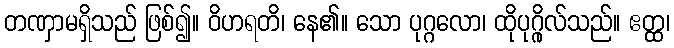
တဏှာမရှိသည် ဖြစ်၍။ ဝိဟရတိ၊ နေ၏။ သော ပုဂ္ဂလော၊ ထိုပုဂ္ဂိုလ်သည်။ ဧတ္ထ၊